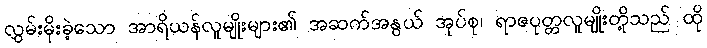
လွှမ်းမိုးခဲ့သော အာရိယန်လူမျိုးများ၏ အဆက်အနွယ် အုပ်စု၊ ရာဇပုတ္တလူမျိုးတို့သည် ထို